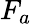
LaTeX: F_{a}